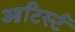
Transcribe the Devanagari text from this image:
आटिर्स्ट